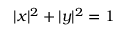
| x | ^ { 2 } + | y | ^ { 2 } = 1